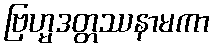
ဗြဟ္မဒတ္တဿနာမကာ